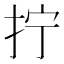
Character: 拧